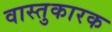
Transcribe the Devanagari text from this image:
वास्तुकारक